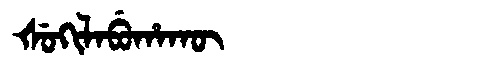
Manchu: ᡧᡠᡴᡳᠯᠠᠪᡠᡥᠠᡴᡡ
Romanization: ŠUKILABUHAKŪ